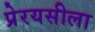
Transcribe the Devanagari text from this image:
प्रेरयसीला